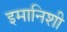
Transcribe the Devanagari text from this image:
इमानिशी